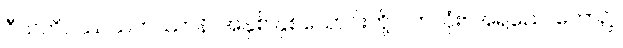
ဝီသတိဝဿသဟဿာနိ၊ အနှစ် နှစ်သောင်းတို့ ပတ်လုံး။ အရညေ၊ တော၌။